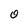
Character: O